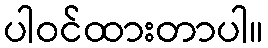
ပါဝင်ထားတာပါ။